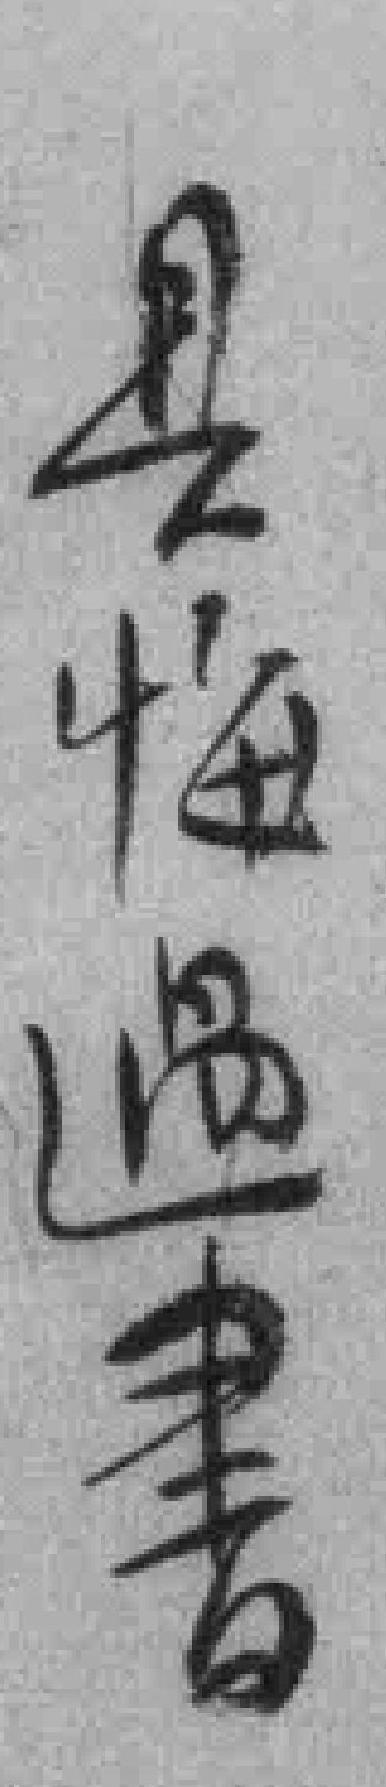
具悔過書